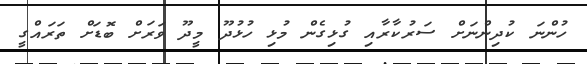
ހުންނަ ކުދިންނަށް ސަރުކާރާއި ގުޅިގެން މުޅި ހުޅުދޫ މީދޫ ވަރަށް ބޮޑަށް ތަރައްގީ